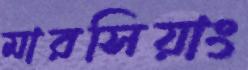
মারসিয়াং